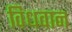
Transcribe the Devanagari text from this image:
विधवान